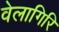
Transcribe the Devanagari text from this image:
वेलागिरि